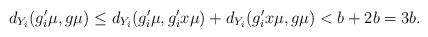
LaTeX: \begin{align*} d_{Y_i}(g_i'\mu,g\mu) \leq d_{Y_i}(g_i'\mu,g_i'x\mu) + d_{Y_i}(g_i'x\mu,g\mu) < b + 2b = 3b.\end{align*}